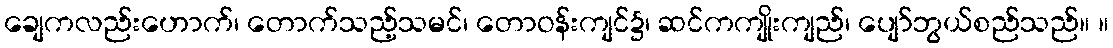
ချေကလည်းဟောက်၊ တောက်သည့်သမင်၊ တောဝန်းကျင်၌၊ ဆင်ကကျိုးကျည်၊ ပျော်ဘွယ်စည်သည်။ ။